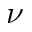
\nu